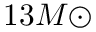
1 3 M { \odot }